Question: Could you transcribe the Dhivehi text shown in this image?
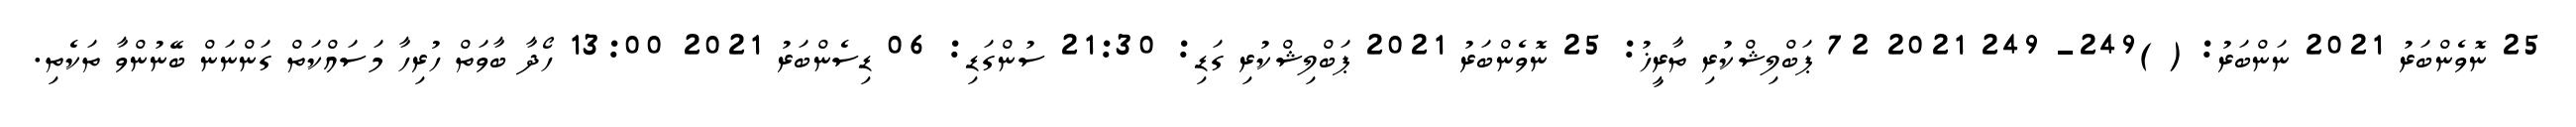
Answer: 25 ނޮވެންބަރު 2021 ނަންބަރު: ( )249- 249 2021 72 ޕަބްލިޝްކުރި ތާރީޚު: 25 ނޮވެންބަރު 2021 ޕަބްލިޝްކުރި ގަޑި: 21:30 ސުންގަޑި: 06 ޑިސެންބަރު 2021 13:00 ހޯދާ ބާވަތް ހުރިހާ މަސައްކަތް ގަންނަން ބޭނުންވާ ތަކެތި.